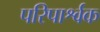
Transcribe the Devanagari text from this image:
परिपार्श्वक